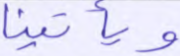
ويأتينا